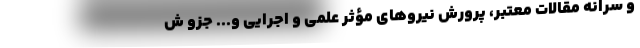
و سرانه مقالات معتبر، پرورش نیروهای مؤثر علمی و اجرایی و... جزو ش